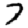
Digit: 7